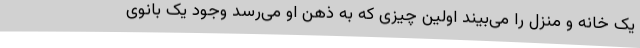
یک خانه و منزل را می‌بیند اولین چیزی که به ذهن او می‌رسد وجود یک بانوی